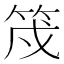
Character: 𮅇